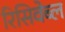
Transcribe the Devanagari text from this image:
रिसिवेब्ल